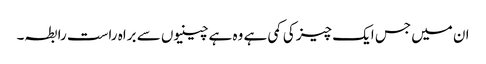
ان میں جس ایک چیز کی کمی ہے وہ ہے چینیوں سے براہ راست رابطہ۔